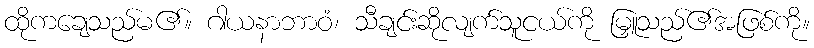
ထိုကချေသည်မ၏။ ဂါယနာဘာဝံ၊ သီချင်းဆိုလျက်သူငယ်ကို မြှူသည်၏အဖြစ်ကို။